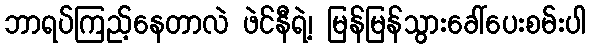
ဘာရပ်ကြည့်နေတာလဲ ဖဲင်နီရဲ့၊ မြန်မြန်သွားခေါ်ပေးစမ်းပါ